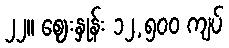
၂၂။ ဈေးနှုန်း ၁၂,၅၀၀ ကျပ်